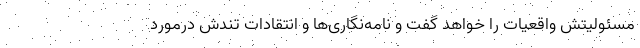
مسئولیتش واقعیات را خواهد گفت‌ و نامه‌نگاری‌ها و انتقادات تندش درمورد